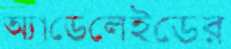
অ্যাডেলেইডের